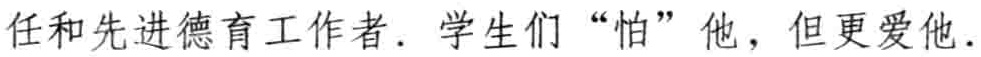
任和先进德育工作者. 学生们 “怕” 他, 但更爱他.